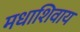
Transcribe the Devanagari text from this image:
मधाशिवाय